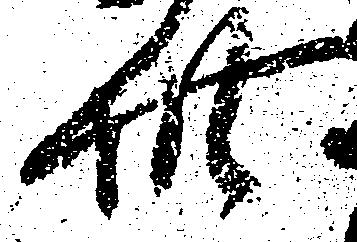
此